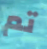
تم